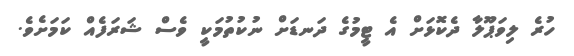
ހުރެ ލިވަޕޫލާ ދެކޮޅަށް އެ ޓީމުގެ ދަނޑަށް ނުކުތުމަކީ ވެސް ޝަރަފެއް ކަމަށެވެ.